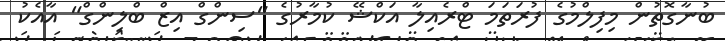
ބުނާގޮތުން މިފިލްމުގެ ފުރަތަމަ ޓްރެއިލާ އަކްޝޭ ކުމާރުގެ "ސިންގް އިޒް ބްލިންގް" އާއެކު